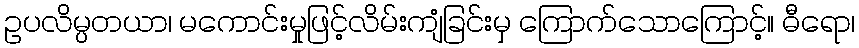
ဥပလိမ္ပတယာ၊ မကောင်းမှုဖြင့်လိမ်းကျံခြင်းမှ ကြောက်သောကြောင့်။ ဓီရော၊